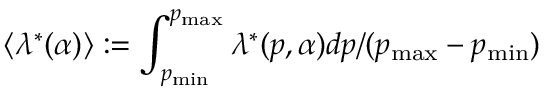
\langle \lambda ^ { * } ( \alpha ) \rangle : = \int _ { p _ { \operatorname* { m i n } } } ^ { p _ { \operatorname* { m a x } } } \lambda ^ { * } ( p , \alpha ) d p / ( p _ { \operatorname* { m a x } } - p _ { \operatorname* { m i n } } )